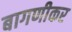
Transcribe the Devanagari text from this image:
बागणीकर